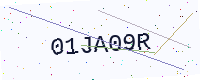
Text: 01JA09R